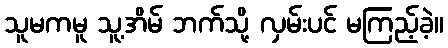
သူမကမူ သူ့အိမ် ဘက်သို့ လှမ်းပင် မကြည့်ခဲ့။